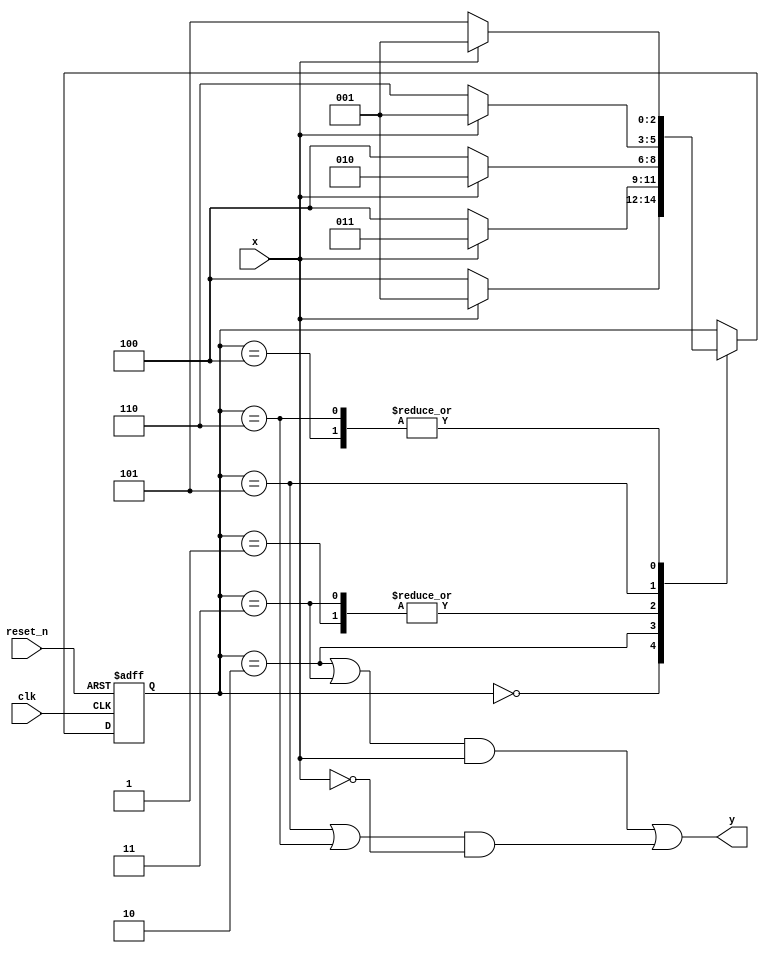
`timescale 1ns / 1ps

module conseq_sequence(
    input clk, reset_n, x,
    output y
    );
    
    reg [2:0] state_next, state_reg;
    localparam s0 = 0;
    localparam s1 = 1;
    localparam s2 = 2;
    localparam s3 = 3;
    localparam s4 = 4;
    localparam s5 = 5;
    localparam s6 = 6;
    
    // State Register
    always@(posedge clk, negedge reset_n)
    begin
        if(~reset_n)
            state_reg <= s0;
        else
            state_reg <= state_next;
    end
    
    // Next State Logic
    always@(*)
    begin
        case(state_reg)
        s0: if(x)
                state_next = s1;
            else
                state_next = s4;
        s1: if(x)
                state_next = s2;
            else
                state_next = s4;
        s2: if(x)
                state_next = s3;
            else
                state_next = s4;
        s3: if(x) 
                state_next = s2;
            else
                state_next = s4;
        s4: if(x)
                state_next = s1;
            else
                state_next = s5;        
        s5: if(x)
                state_next = s1;
            else
                state_next = s6;
        s6: if(x)
                state_next = s1;
            else
                state_next = s5;
        default: state_next = state_reg; 
        endcase
    end
    
    // Output Logic
    assign y = (state_reg == s2 || state_reg == s3)&x || (state_reg == s5 || state_reg == s6)&~x ;  
endmodule